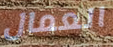
العمال